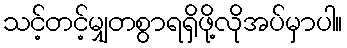
သင့်တင့်မျှတစွာရရှိဖို့လိုအပ်မှာပါ။